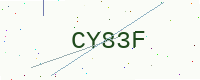
Text: CY83F